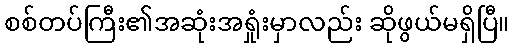
စစ်တပ်ကြီး၏အဆုံးအရှုံးမှာလည်း ဆိုဖွယ်မရှိပြီ။